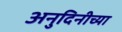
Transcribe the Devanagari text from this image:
अनुदिनीच्या